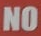
NO